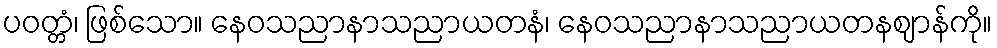
ပဝတ္တံ၊ ဖြစ်သော။ နေဝသညာနာသညာယတနံ၊ နေဝသညာနာသညာယတနဈာန်ကို။